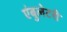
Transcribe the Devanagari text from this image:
एंबुलेटरी